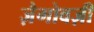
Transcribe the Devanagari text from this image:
ज़ैगोवज़ी